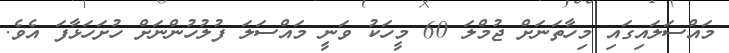
މައްސަލައިގައި މިހާތަނަށް ޖުމްލަ 60 މީހަކު ވަނީ މައްސަލަ ފުލުހުންނަށް ހުށަހަޅާފަ އެވެ.